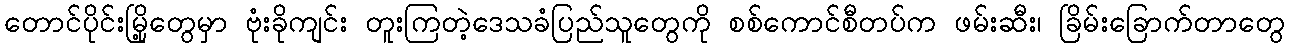
တောင်ပိုင်းမြို့တွေမှာ ဗုံးခိုကျင်း တူးကြတဲ့ဒေသခံပြည်သူတွေကို စစ်ကောင်စီတပ်က ဖမ်းဆီး၊ ခြိမ်းခြောက်တာတွေ